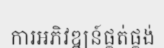
ការអភិវឌ្ឍន៍ផ្គត់ផ្គង់